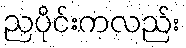
ညပိုင်းကလည်း